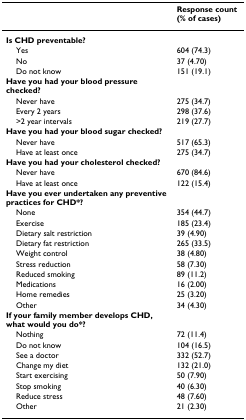
<table><thead><tr><td></td><td><b>Response count (% of cases)</b></td></tr></thead><tbody><tr><td><b>Is CHD preventable?</b></td><td></td></tr><tr><td> Yes</td><td>604 (74.3)</td></tr><tr><td> No</td><td>37 (4.70)</td></tr><tr><td> Do not know</td><td>151 (19.1)</td></tr><tr><td><b>Have you had your blood pressure checked?</b></td><td></td></tr><tr><td> Never have</td><td>275 (34.7)</td></tr><tr><td> Every 2 years</td><td>298 (37.6)</td></tr><tr><td> &gt;2 year intervals</td><td>219 (27.7)</td></tr><tr><td><b>Have you had your blood sugar checked?</b></td><td></td></tr><tr><td> Never have</td><td>517 (65.3)</td></tr><tr><td> Have at least once</td><td>275 (34.7)</td></tr><tr><td><b>Have you had your cholesterol checked?</b></td><td></td></tr><tr><td> Never have</td><td>670 (84.6)</td></tr><tr><td> Have at least once</td><td>122 (15.4)</td></tr><tr><td><b>Have you ever undertaken any preventive practices for CHD*?</b></td><td></td></tr><tr><td> None</td><td>354 (44.7)</td></tr><tr><td> Exercise</td><td>185 (23.4)</td></tr><tr><td> Dietary salt restriction</td><td>39 (4.90)</td></tr><tr><td> Dietary fat restriction</td><td>265 (33.5)</td></tr><tr><td> Weight control</td><td>38 (4.80)</td></tr><tr><td> Stress reduction</td><td>58 (7.30)</td></tr><tr><td> Reduced smoking</td><td>89 (11.2)</td></tr><tr><td> Medications</td><td>16 (2.00)</td></tr><tr><td> Home remedies</td><td>25 (3.20)</td></tr><tr><td> Other</td><td>34 (4.30)</td></tr><tr><td><b>If your family member develops CHD, what would you do*?</b></td><td></td></tr><tr><td> Nothing</td><td>72 (11.4)</td></tr><tr><td> Do not know</td><td>104 (16.5)</td></tr><tr><td> See a doctor</td><td>332 (52.7)</td></tr><tr><td> Change my diet</td><td>132 (21.0)</td></tr><tr><td> Start exercising</td><td>50 (7.90)</td></tr><tr><td> Stop smoking</td><td>40 (6.30)</td></tr><tr><td> Reduce stress</td><td>48 (7.60)</td></tr><tr><td> Other</td><td>21 (2.30)</td></tr></tbody></table>